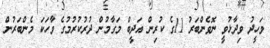
ވަހީދު ވިދާޅުވީ ނޮވެންބަރު 11ގެ ކުރިން އަދީބް މަގާމުން ދުރުކުރުމުގެ ވާހަކަ މެންބަރުން